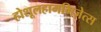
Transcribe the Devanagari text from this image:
होशूलहामगिज़ेत्स